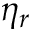
\eta _ { r }